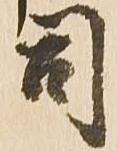
司